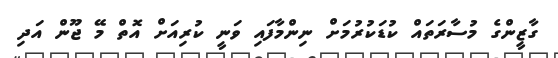
ގާޒީންގެ މުސާރަތައް ކުޑަކުރުމަށް ނިންމާފައި ވަނީ ކުރިއަށް އޮތް މޭ ޖޫން އަދި